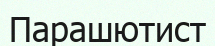
Парашютист